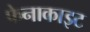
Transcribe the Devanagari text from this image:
फेनाकाइट